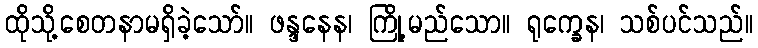
ထိုသို့စေတနာမရှိခဲ့သော်။ ဖန္ဒနေန၊ ကြို့မည်သော။ ရုက္ခေန၊ သစ်ပင်သည်။